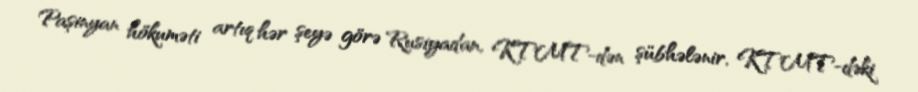
Paşinyan hökuməti artıq hər şeyə görə Rusiyadan, KTMT-dən şübhələnir, KTMT-dəki